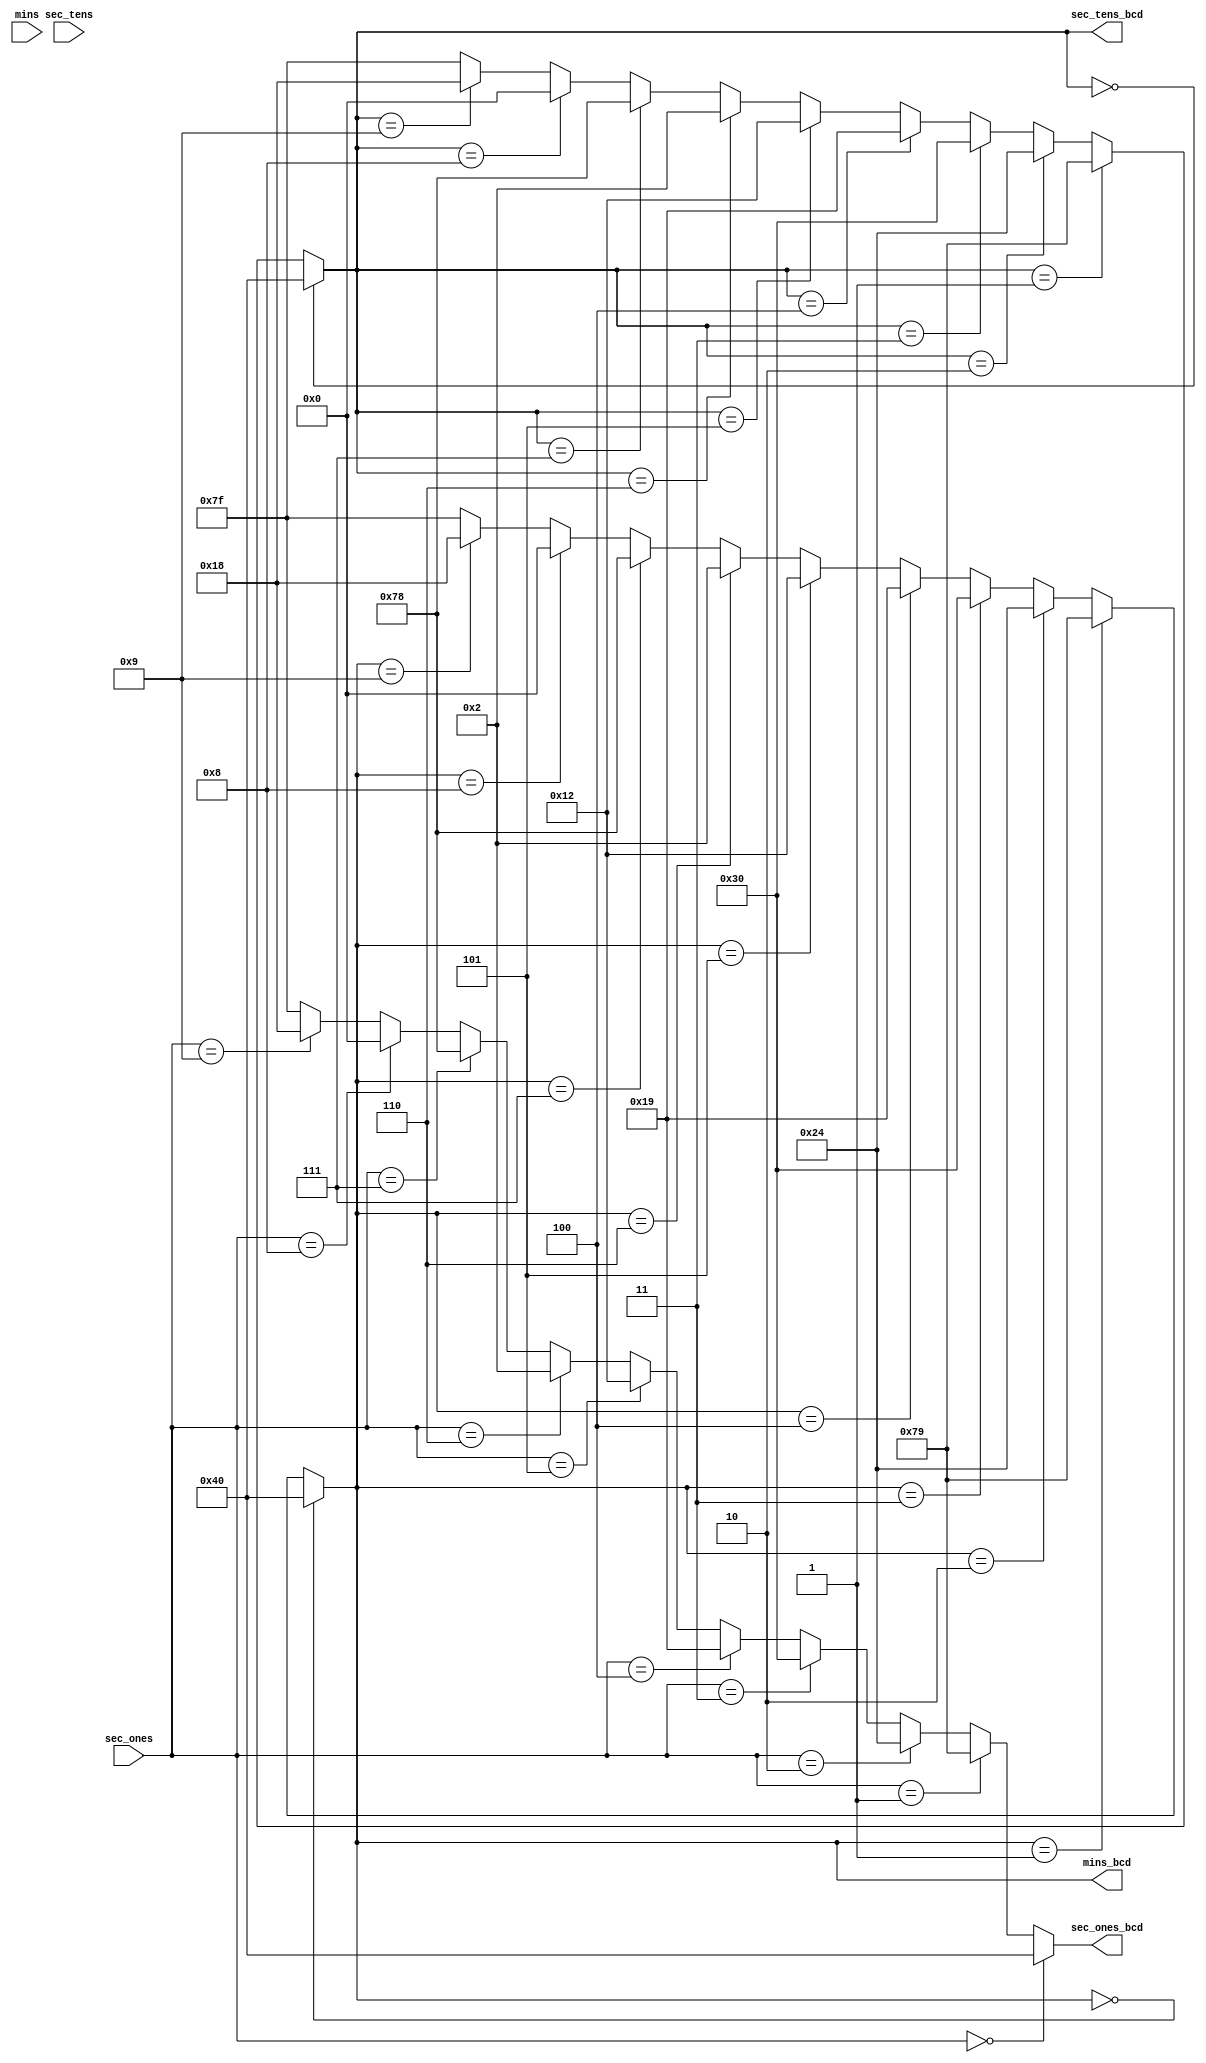
module decoder(
    input wire [3:0] sec_ones,
    input wire [3:0] sec_tens,
    input wire [3:0] mins,
    output wire [6:0] sec_ones_bcd,
    output wire [6:0] sec_tens_bcd,
    output wire [6:0] mins_bcd
);

    assign sec_ones_bcd = 
            (sec_ones == 4'b0000) ? 7'b1000000 :  // 0
            (sec_ones == 4'b0001) ? 7'b1111001 :  // 1
            (sec_ones == 4'b0010) ? 7'b0100100 :  // 2
            (sec_ones == 4'b0011) ? 7'b0110000 :  // 3
            (sec_ones == 4'b0100) ? 7'b0011001 :  // 4
            (sec_ones == 4'b0101) ? 7'b0010010 :  // 5
            (sec_ones == 4'b0110) ? 7'b0000010 :  // 6
            (sec_ones == 4'b0111) ? 7'b1111000 :  // 7
            (sec_ones == 4'b1000) ? 7'b0000000 :  // 8
            (sec_ones == 4'b1001) ? 7'b0011000 :  // 9
            7'b1111111;  // Default: All segments off


    assign sec_tens_bcd = 
            (sec_tens_bcd == 4'b0000) ? 7'b1000000 :  // 0
            (sec_tens_bcd == 4'b0001) ? 7'b1111001 :  // 1
            (sec_tens_bcd == 4'b0010) ? 7'b0100100 :  // 2
            (sec_tens_bcd == 4'b0011) ? 7'b0110000 :  // 3
            (sec_tens_bcd == 4'b0100) ? 7'b0011001 :  // 4
            (sec_tens_bcd == 4'b0101) ? 7'b0010010 :  // 5
            (sec_tens_bcd == 4'b0110) ? 7'b0000010 :  // 6
            (sec_tens_bcd == 4'b0111) ? 7'b1111000 :  // 7
            (sec_tens_bcd == 4'b1000) ? 7'b0000000 :  // 8
            (sec_tens_bcd == 4'b1001) ? 7'b0011000 :  // 9
            7'b1111111;  // Default: All segments off

    assign mins_bcd = 
            (mins_bcd == 4'b0000) ? 7'b1000000 :  // 0
            (mins_bcd == 4'b0001) ? 7'b1111001 :  // 1
            (mins_bcd == 4'b0010) ? 7'b0100100 :  // 2
            (mins_bcd == 4'b0011) ? 7'b0110000 :  // 3
            (mins_bcd == 4'b0100) ? 7'b0011001 :  // 4
            (mins_bcd == 4'b0101) ? 7'b0010010 :  // 5
            (mins_bcd == 4'b0110) ? 7'b0000010 :  // 6
            (mins_bcd == 4'b0111) ? 7'b1111000 :  // 7
            (mins_bcd == 4'b1000) ? 7'b0000000 :  // 8
            (mins_bcd == 4'b1001) ? 7'b0011000 :  // 9
            7'b1111111;  // Default: All segments off

endmodule